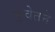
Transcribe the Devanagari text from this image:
कुवेतने